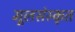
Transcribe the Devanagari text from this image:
मूलसंस्कृत